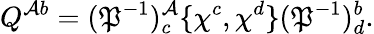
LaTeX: Q^{\mathcal{A}b}=(\mathfrak{P}^{-1})_{c}^{\mathcal{A}}\{ \chi^{c},\chi^{d}\} (\mathfrak{P}^{-1})_{d}^{b}.